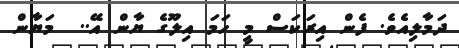
ދަމާލިއެވެ. ފެން އިރަކަސް މީ ހަމަ އިލޫގެ ޔާން އޭ..  މަޔާން